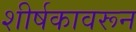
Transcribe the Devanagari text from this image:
शीर्षकावरून